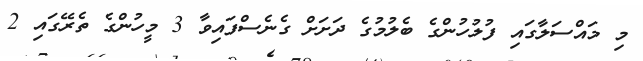
މި މައްސަލާގައި ފުލުހުންގެ ބެލުމުގެ ދަށަށް ގެނެސްފައިވާ 3 މީހުންގެ ތެރޭގައި 2